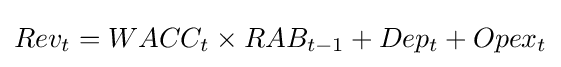
Rev_{t}=WACC_{t}\times RAB_{t-1}+Dep_{t}+Opex_{t}